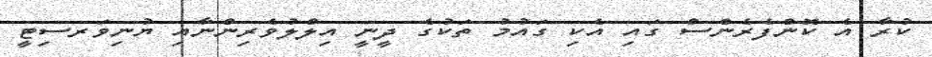
ކުރާ އެ ކޮންފެރެންސް ގައި އެކި ގައުމު ތަކުގެ ދީނީ އިލްލުވެރިންނާއި ޔުނިވަރސިޓީ